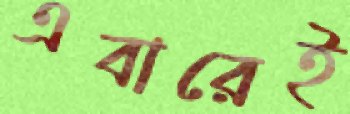
এবারেই